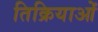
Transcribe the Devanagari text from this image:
तिक्रियाओं